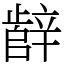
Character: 辪